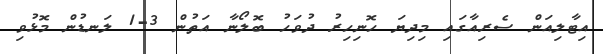
އިޓާލިއަން ސެރިއާގައި މިދިޔަ ހޮނިހިރު ދުވަހު ބޮލޯނާ އަތުން 3-1 ލަނޑުން މޮޅުވި